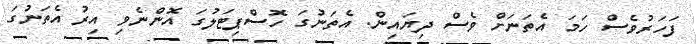
ފަހަރުވެސް ހަމަ އެތަނަށް ވެސް ދިޔައިން. އެތަނުގަ ހޮސްޕިޓަލުގަ އޮންނެވި އިރު އެތަނުގަ